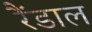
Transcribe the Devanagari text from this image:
रैंडाल